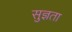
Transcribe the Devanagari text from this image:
सुज्ञता